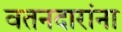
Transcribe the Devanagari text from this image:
वतनदारांना